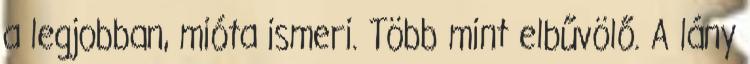
a legjobban, mióta ismeri. Több mint elbűvölő. A lány